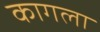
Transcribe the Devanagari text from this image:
कागला